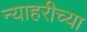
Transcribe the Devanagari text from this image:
न्याहरीच्या